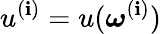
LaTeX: u^{(\mathbf{i})}=u(\boldsymbol\omega^{(\mathbf{i})})